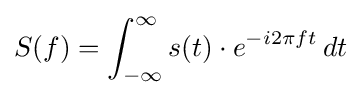
S(f)=\int _{-\infty }^{\infty }s(t)\cdot e^{-i2\pi ft}\,dt